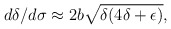
\begin{align*}d\delta/d\sigma\approx 2b\sqrt{\delta (4\delta+\epsilon)},\end{align*}